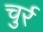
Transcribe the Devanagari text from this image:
चुर्र